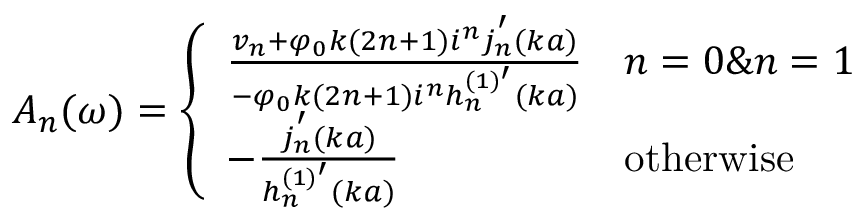
A _ { n } ( \omega ) = \left\{ \begin{array} { l l } { \frac { v _ { n } + \varphi _ { 0 } k ( 2 n + 1 ) i ^ { n } j _ { n } ^ { ' } ( k a ) } { - \varphi _ { 0 } k ( 2 n + 1 ) i ^ { n } h _ { n } ^ { ( 1 ) ^ { \prime } } ( k a ) } } & { n = 0 \& n = 1 } \\ { - \frac { j _ { n } ^ { ' } ( k a ) } { h _ { n } ^ { ( 1 ) ^ { \prime } } ( k a ) } } & { \mathrm { o t h e r w i s e } } \end{array} \right.